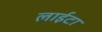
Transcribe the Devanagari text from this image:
लाईटा